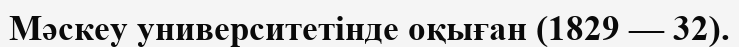
Мәскеу университетінде оқыған (1829 — 32).